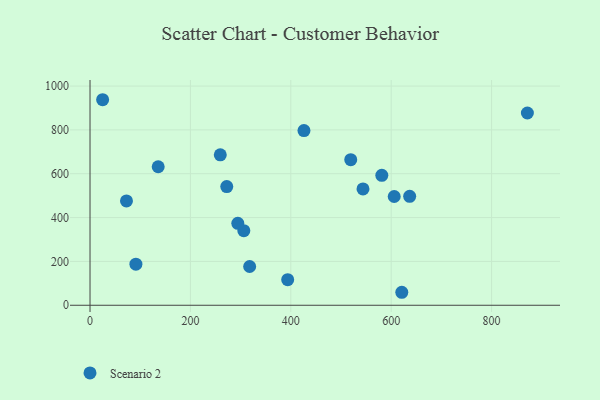
{"axis": {"x": "Price", "y": "Sales"}, "legend": ["Scenario 2"], "data": [{"x": "871.3", "y": 877.1, "type": "Scenario 2"}, {"x": "606.0", "y": 496.2, "type": "Scenario 2"}, {"x": "259.5", "y": 686.2, "type": "Scenario 2"}, {"x": "393.8", "y": 116.7, "type": "Scenario 2"}, {"x": "72.6", "y": 475.8, "type": "Scenario 2"}, {"x": "25.1", "y": 937.6, "type": "Scenario 2"}, {"x": "272.4", "y": 541.5, "type": "Scenario 2"}, {"x": "581.3", "y": 592.7, "type": "Scenario 2"}, {"x": "543.8", "y": 530.7, "type": "Scenario 2"}, {"x": "306.4", "y": 340.1, "type": "Scenario 2"}, {"x": "426.2", "y": 797.0, "type": "Scenario 2"}, {"x": "135.8", "y": 631.8, "type": "Scenario 2"}, {"x": "294.4", "y": 373.9, "type": "Scenario 2"}, {"x": "519.4", "y": 663.9, "type": "Scenario 2"}, {"x": "621.1", "y": 59.2, "type": "Scenario 2"}, {"x": "91.4", "y": 187.5, "type": "Scenario 2"}, {"x": "318.0", "y": 176.7, "type": "Scenario 2"}, {"x": "636.8", "y": 497.0, "type": "Scenario 2"}]}